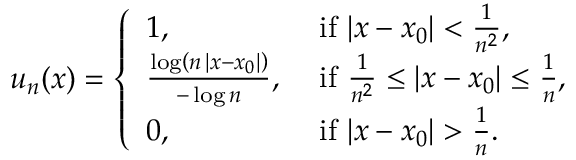
\begin{array} { r } { u _ { n } ( x ) = \left\{ \begin{array} { l l } { 1 , } & { \mathrm { ~ i f ~ } | x - x _ { 0 } | < \frac { 1 } { n ^ { 2 } } , } \\ { \frac { \log \left( n \, | x - x _ { 0 } | \right) } { - \log n } , } & { \mathrm { ~ i f ~ } \frac { 1 } { n ^ { 2 } } \le | x - x _ { 0 } | \le \frac { 1 } { n } , } \\ { 0 , } & { \mathrm { ~ i f ~ } | x - x _ { 0 } | > \frac { 1 } { n } . } \end{array} \right. } \end{array}